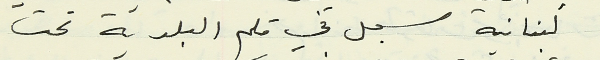
لبنانية سجل في قلم البلدية تحت